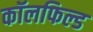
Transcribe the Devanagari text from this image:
कॉलफिल्ड